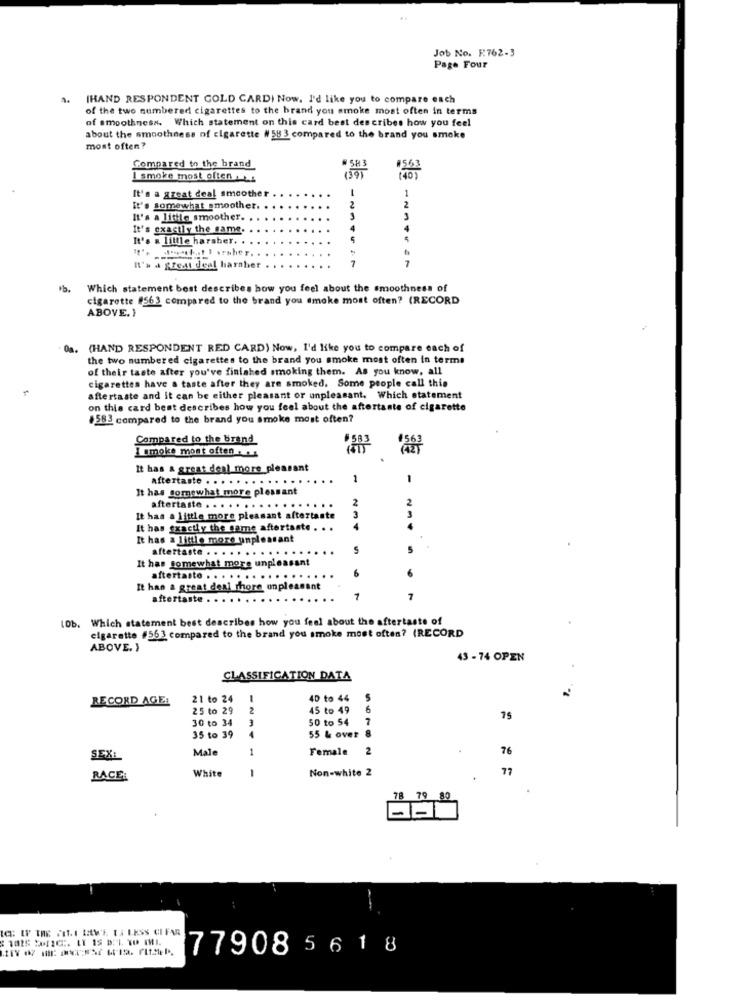
Job No. R.762-3
Page Four
[HAND RESPONDENT GOLD CARDI Now. I'd like you to compare each
of the two numbered cigarettes to the brand you smoke most often in terms
of smoothness. Which statement on this card best describes how you feel
about the smoothness of cigarette # 58 3 compared to the brand you smoke
most often?
Compared to the brand
I smoke most often :s
It's a great deal smoother
-
2
It's somewhat smoother.
2
It's a little smoother.
3
It's exactly the same.
It's a little harsher ..
7
It's a great deal harsher
Which statement best describes how you feel about the smoothness of
cigarette #563 compared to the brand you smoke most often? (RECORD
ABOVE. }
0a.
(HAND RESPONDENT RED CARD) Now, I'd like you to compare each of
the two numbered cigarettes to the brand you smoke most often in terms
of their taste after you've finished smoking them. As you know, all
cigarettes have a taste after they are smoked. Some people call this
aftertaste and it can be either pleasant or unpleasant, Which statement
on this card best describes how you feel about the aftertaste of cigarette
$583 compared to the brand you smoke most often?
Compared to the brand
I smoke most often . ..
It has a great deal more pleasant
aftertaste . . . . . . . . . . . . .
1
1
It has somewhat more pleasant
aftertaste . . . . . . . . . . . . . .
It has a little more pleasant aftertaste
23
It has exactly the same aftertante .
It has a little more unpleasant
aftertaste . . . . . . . . . . .
5
5
It has somewhat more unpleasant
aftertaste . . . . . . . . . . . . . . .
It has a great deal Thore unpleasant
aftertaste .
Lob. Which statement best describes how you feel about the aftertaste of
cigarette #563 compared to the brand you smoke most often? (RECORD
ABOVE. )
43 - 74 OPEN
CLASSIFICATION DATA
RECORD AGE:
21 to 24
4D to 44
25 to 29
2
45 to 49
6
30 to 34
3
50 to 54
7
75
55 & over 8
35 to 39
4
Male
1
Female
2
76
SEXL
White
Non-white 2
77
RACE
-
78
79 80
77908 5 6 1 8